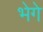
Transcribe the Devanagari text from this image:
भेगे